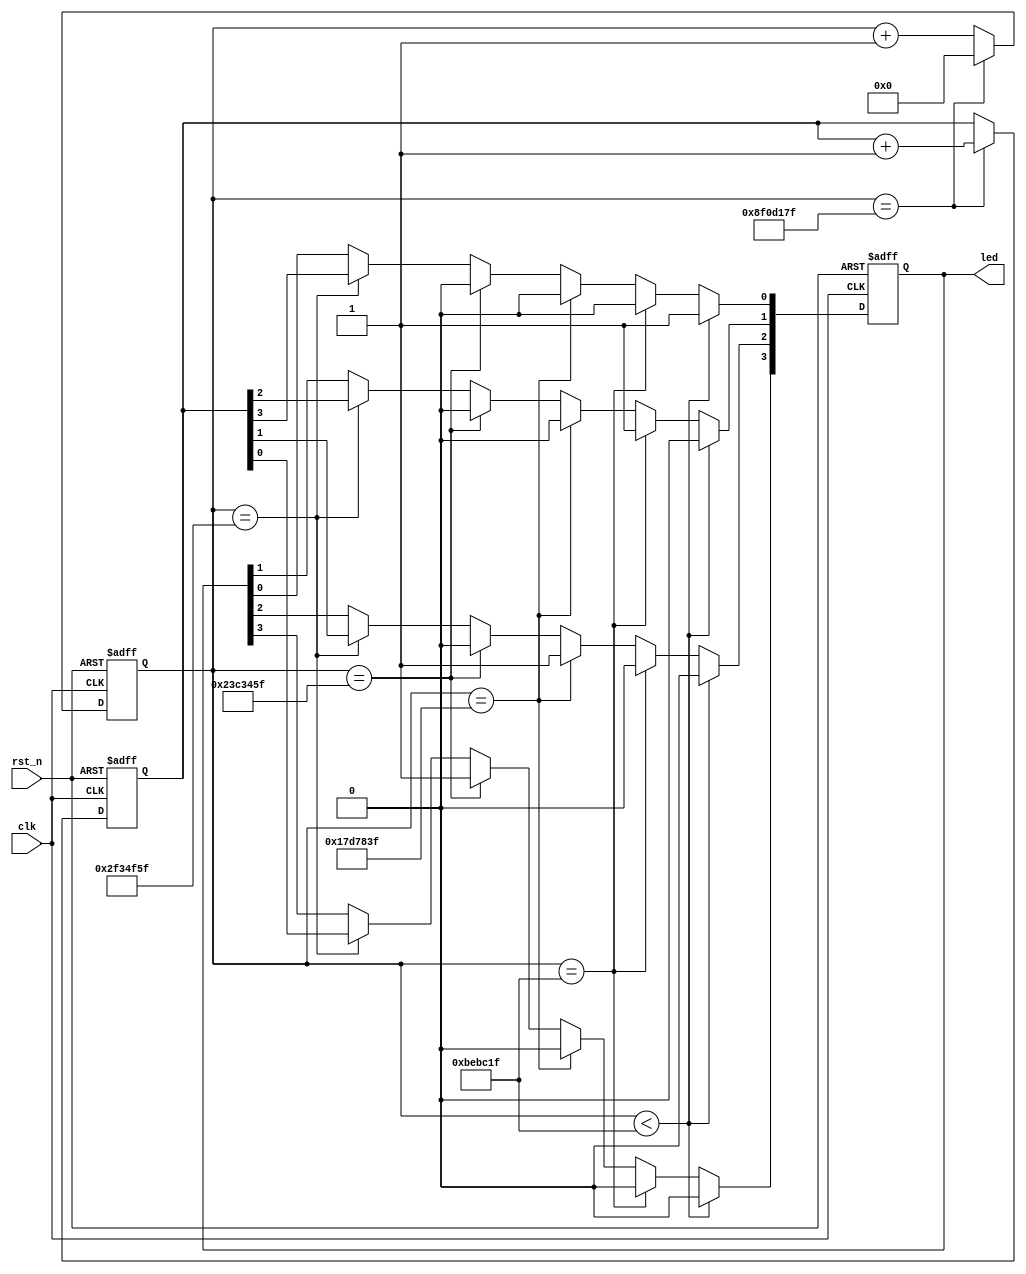
`timescale 1ns / 1ps
module led_test
(
	input           clk,           // system clock 50Mhz on board
	input           rst_n,         // reset ,low active
	output reg[3:0] led            // LED,use for control the LED signal on board
);

//define the time counter
reg [31:0]      timer;
reg [3:0] 		counter; 

// cycle counter:from 0 to 4 sec
always@(posedge clk or negedge rst_n)
begin
	if (rst_n == 1'b0)
		timer <= 32'd0;                     //when the reset signal valid,time counter clearin
	 else if (timer == 32'd149_999_999)      //4 seconds count(50M*4-1=199999999)
		timer <= 32'd0;                     //count done,clearing the time counter
	else
		timer <= timer + 32'd1;             //timer counter = timer counter + 1
end

// LED control

always@(posedge clk or negedge rst_n)
begin
	if (rst_n == 1'b0)
		led <= 4'b0000;                     //when the reset signal active
	else if (timer < 32'd12_499_999)       //time counter count less than 0.25 sec,LED1 lighten
		led <= 4'b0001;
	else if (timer == 32'd12_499_999)       //time counter count to 0.25 sec,LED2 lighten
		led <= 4'b0010;
	else if (timer == 32'd24_999_999)      //time counter count to 0.50 sec,LED3 lighten
		led <= 4'b0100;
	else if (timer == 32'd37_499_999)      //time counter count to 0.75 sec,LED4 lighten
		led <= 4'b1000;
	else if (timer == 32'd49_499_999)		//time counter count to 1.0 sec,counter lighten
    begin
		  led[3] <= counter[0];
        led[2] <= counter[1];
        led[1] <= counter[2];
        led[0] <= counter[3];
		end
end



always@(posedge clk or negedge rst_n)
begin
    if (rst_n == 1'b0)
        counter <= 4'b0000; // reset signal validset counter to initial
    else if (timer == 32'd149_999_999) // timer counter count to 3.0sec, Led counter+=1
        counter <= counter + 1; 	 
end
	
endmodule